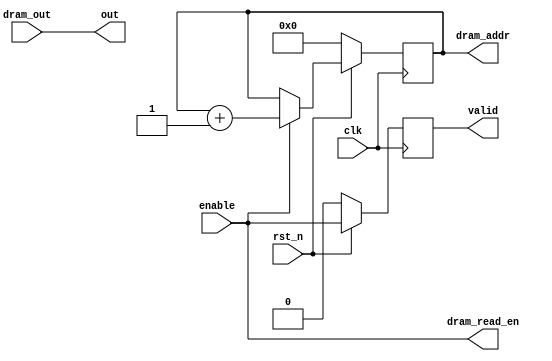
module dram_read_controller
#
(
  parameter DATA_WIDTH = 32,
  parameter ADDR_WIDTH = 13
)
(
  input clk,
  input rst_n,
  input enable,
  output reg valid,
  output [DATA_WIDTH-1:0] out,
  // connect dram
  input [DATA_WIDTH-1:0] dram_out,
  output dram_read_en,
  output [ADDR_WIDTH-1:0] dram_addr
);
reg [ADDR_WIDTH-1:0] address;

always@(posedge clk)begin
  if(!rst_n) begin
    valid <= 0;
  end
  else begin
    valid <= enable;
  end
end

assign out          = dram_out;
assign dram_read_en = enable;
assign dram_addr    = address;

// address transition
always@(posedge clk) begin
  if(!rst_n) begin
    address <= 0;
  end
  else begin
    if(enable) begin
      address <= address+1;
    end
  end
end

endmodule